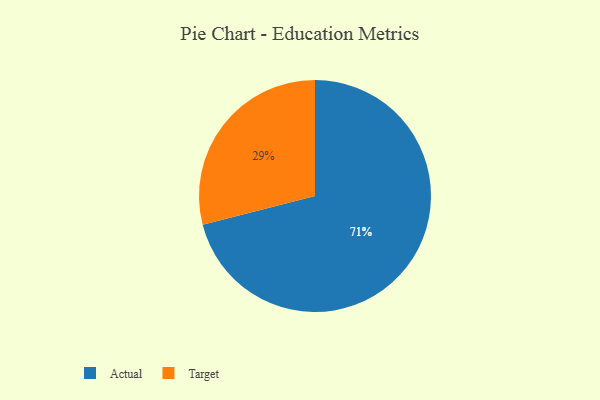
{"axis": {"x": "Category", "y": "Percentage"}, "legend": ["Actual", "Target"], "data": [{"x": "Target", "y": 29, "type": "Target"}, {"x": "Actual", "y": 71, "type": "Actual"}]}